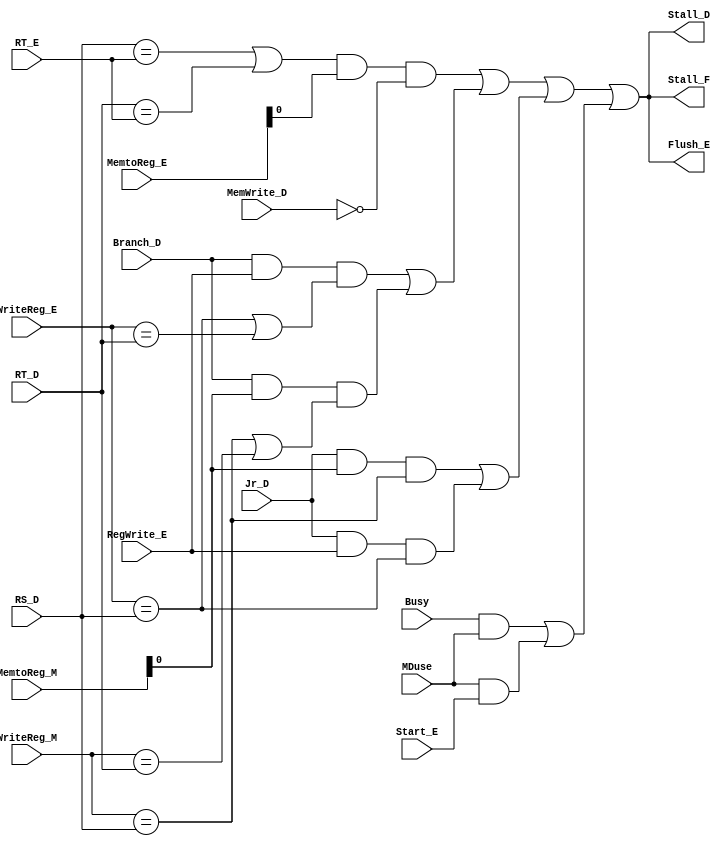
`timescale 1ns / 1ps
//////////////////////////////////////////////////////////////////////////////////
// Company: 
// Engineer: 
// 
// Design Name: 
// Module Name:    Stall 
// Project Name: 
// Target Devices: 
// Tool versions: 
// Description: 
//
// Dependencies: 
//
// Revision: 
// Revision 0.01 - File Created
// Additional Comments: 
//
//////////////////////////////////////////////////////////////////////////////////
module Stall(
    input [4:0] RT_E,
    input [4:0] RT_D,
    input [4:0] RS_D,
    input [1:0] MemtoReg_E,
	 input [1:0] MemtoReg_M,
    input Branch_D,
    input RegWrite_E,
    input [4:0] WriteReg_E,
    input [4:0] WriteReg_M,
    output Flush_E,
    output Stall_D,
    output Stall_F,
	 input Jr_D,
	 input MemWrite_D,
	 input Busy,
	 input MDuse,
	 input Start_E
    );
	wire lw_stall =((RS_D==RT_E) | (RT_D==RT_E)) & MemtoReg_E & (MemWrite_D!=1);
	wire branch_stall=(Branch_D & RegWrite_E & (WriteReg_E==RS_D | WriteReg_E==RT_D))
							|
							(Branch_D & MemtoReg_M & (WriteReg_M==RS_D | WriteReg_M==RT_D));
	wire Jr_stall =(Jr_D & MemtoReg_M & (WriteReg_M==RS_D))
						|
						(Jr_D & RegWrite_E & (WriteReg_E==RS_D));
	wire MD_stall = (Busy & MDuse) | (MDuse & Start_E) ;
	assign Stall_F=lw_stall | branch_stall | Jr_stall | MD_stall;
	assign Stall_D=lw_stall | branch_stall | Jr_stall | MD_stall;
	assign Flush_E=lw_stall | branch_stall | Jr_stall | MD_stall;

endmodule